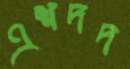
এশদদ